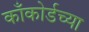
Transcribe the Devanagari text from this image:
काँकोर्डच्या